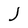
Character: J